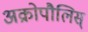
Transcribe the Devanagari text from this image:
अक्रोपौलिस्‌